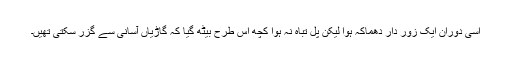
اسی دوران ایک زور دار دھماکہ ہوا لیکن پل تباہ نہ ہوا کچھ اس طرح بیٹھ گیا کہ گاڑیاں آسانی سے گزر سکتی تھیں۔